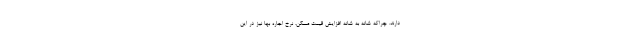
دارند. چراکه شانه به شانه افزایش قیمت مسکن، نرخ اجاره بها نیز در این